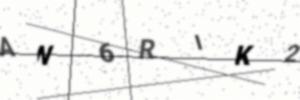
Text: AN6RIK2